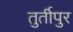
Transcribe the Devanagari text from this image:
तुर्तीपुर